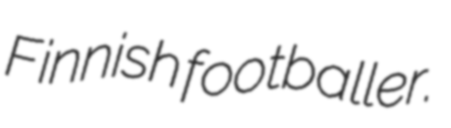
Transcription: Finnish footballer.